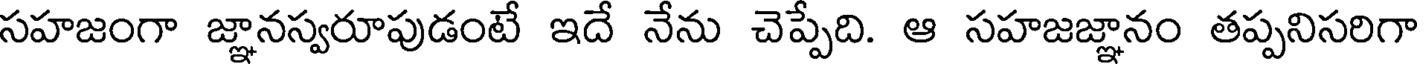
సహజంగా జ్ఞానస్వరూపుడంటే ఇదే నేను చెప్పేది. ఆ సహజజ్ఞానం తప్పనిసరిగా